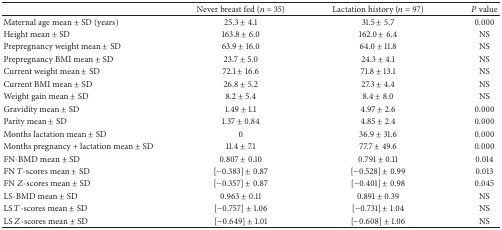
<table><thead><tr><td><b> </b></td><td><b>Never breast fed (<i>n</i> = 35)</b></td><td><b>Lactation history (<i>n</i> = 97)</b></td><td><b><i>P</i> value</b></td></tr></thead><tbody><tr><td>Maternal age mean ± SD (years)</td><td>25.3 ± 4.1</td><td>31.5 ± 5.7</td><td>0.000</td></tr><tr><td>Height mean ± SD </td><td>163.8 ± 6.0</td><td>162.0 ± 6.4</td><td>NS</td></tr><tr><td>Prepregnancy weight mean ± SD</td><td>63.9 ± 16.0</td><td>64.0 ± 11.8</td><td>NS</td></tr><tr><td>Prepregnancy BMI mean ± SD </td><td>23.7 ± 5.0</td><td>24.3 ± 4.1</td><td>NS</td></tr><tr><td>Current weight mean ± SD </td><td>72.1 ± 16.6</td><td>71.8 ± 13.1</td><td>NS</td></tr><tr><td>Current BMI mean ± SD </td><td>26.8 ± 5.2</td><td>27.3 ± 4.4</td><td>NS</td></tr><tr><td>Weight gain mean ± SD </td><td>8.2 ± 5.4</td><td>8.4 ± 8.0</td><td>NS</td></tr><tr><td>Gravidity mean ± SD </td><td>1.49 ± 1.1</td><td>4.97 ± 2.6</td><td>0.000</td></tr><tr><td>Parity mean ± SD </td><td>1.37 ± 0.84</td><td>4.85 ± 2.4</td><td>0.000</td></tr><tr><td>Months lactation mean ± SD </td><td>0</td><td>36.9 ± 31.6</td><td>0.000</td></tr><tr><td>Months pregnancy + lactation mean ± SD </td><td>11.4 ± 7.1</td><td>77.7 ± 49.6</td><td>0.000</td></tr><tr><td>FN-BMD mean ± SD </td><td>0.807 ± 0.10</td><td>0.791 ± 0.11</td><td>0.014</td></tr><tr><td>FN <i>T</i>-scores mean ± SD </td><td>[−0.383] ± 0.87</td><td>[−0.528] ± 0.99</td><td>0.013</td></tr><tr><td>FN <i>Z</i>-scores mean ± SD </td><td>[−0.357] ± 0.87</td><td>[−0.401] ± 0.98</td><td>0.045</td></tr><tr><td>LS-BMD mean ± SD </td><td>0.963 ± 0.11</td><td>0.891 ± 0.39</td><td>NS</td></tr><tr><td>LS <i>T</i>-scores mean ± SD </td><td>[−0.757] ± 1.06</td><td>[−0.731] ± 1.04</td><td>NS</td></tr><tr><td>LS <i>Z</i>-scores mean ± SD </td><td>[−0.649] ± 1.01</td><td>[−0.608] ± 1.06</td><td>NS</td></tr></tbody></table>